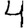
Digit: 4